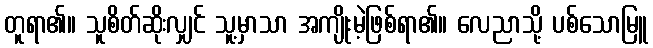
တူရာ၏။ သူစိတ်ဆိုးလျှင် သူ့မှာသာ အကျိုးမဲ့ဖြစ်ရာ၏။ လေညာသို့ ပစ်သောမြူ